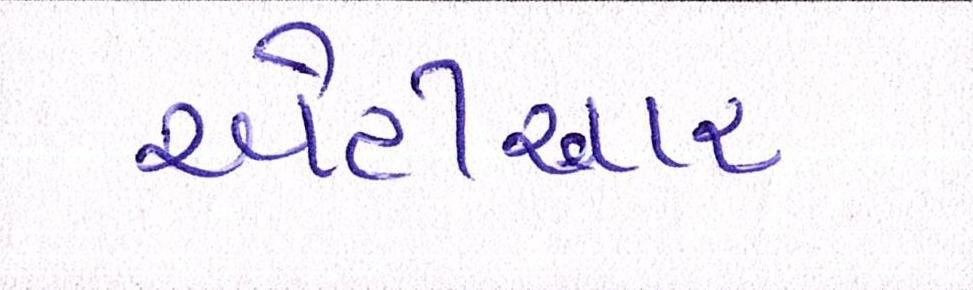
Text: એટીઆર